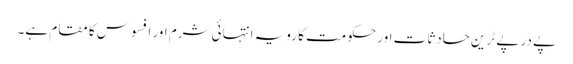
پے در پے ٹرین حادثات اور حکومت کا رویہ انتہائی شرم اور افسوس کا مقام ہے۔